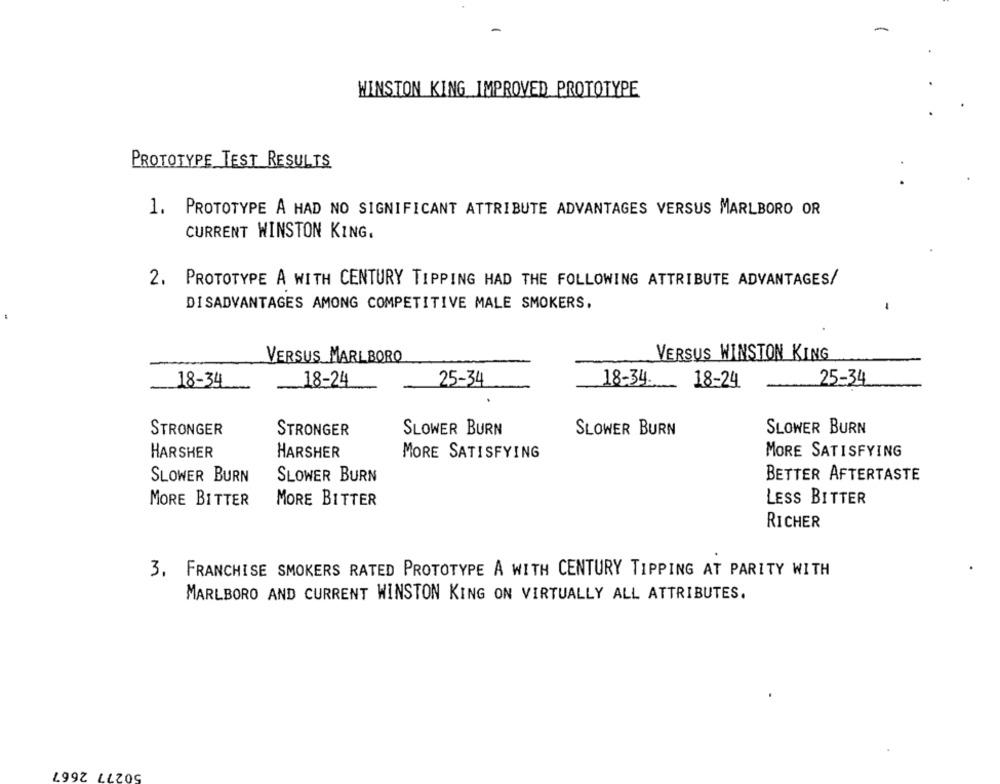
-
-
WINSTON KING IMPROVED PROTOTYPE
PROTOTYPE TEST RESULTS
1. PROTOTYPE A HAD NO SIGNIFICANT ATTRIBUTE ADVANTAGES VERSUS MARLBORO OR
CURRENT WINSTON KING.
2. PROTOTYPE A WITH CENTURY TIPPING HAD THE FOLLOWING ATTRIBUTE ADVANTAGES/
DISADVANTAGES AMONG COMPETITIVE MALE SMOKERS.
VERSUS MARLBORO
VERSUS WINSTON KING
18-34
18-24
25-34
18-34
18-24
25-34
STRONGER
STRONGER
SLOWER BURN
SLOWER BURN
SLOWER BURN
HARSHER
HARSHER
MORE SATISFYING
MORE SATISFYING
SLOWER BURN
SLOWER BURN
BETTER AFTERTASTE
MORE BITTER
MORE BITTER
LESS BITTER
RICHER
3. FRANCHISE SMOKERS RATED PROTOTYPE A WITH CENTURY TIPPING AT PARITY WITH
MARLBORO AND CURRENT WINSTON KING ON VIRTUALLY ALL ATTRIBUTES.
50277 2667